Document type: Sale
Year: 1461
Scribe: [Unknown]
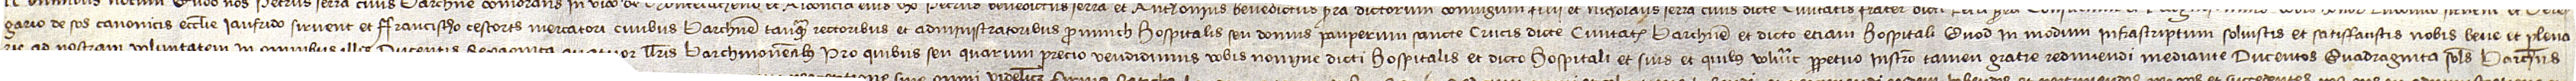
gario de Sos, canonicis ecclesie, Iaufrido Sirvent et Francischo Cescorts, mercatori, civibus Barchinone, tanquam rectoribus et administratoribus pro nunch hospitalis seu domus pauperum Sancte Crucis dicte civitatis Barchinone et dicto etiam hospitali, quod in modum infrascriptum solvistis et satisffacistis nobis bene et plena-